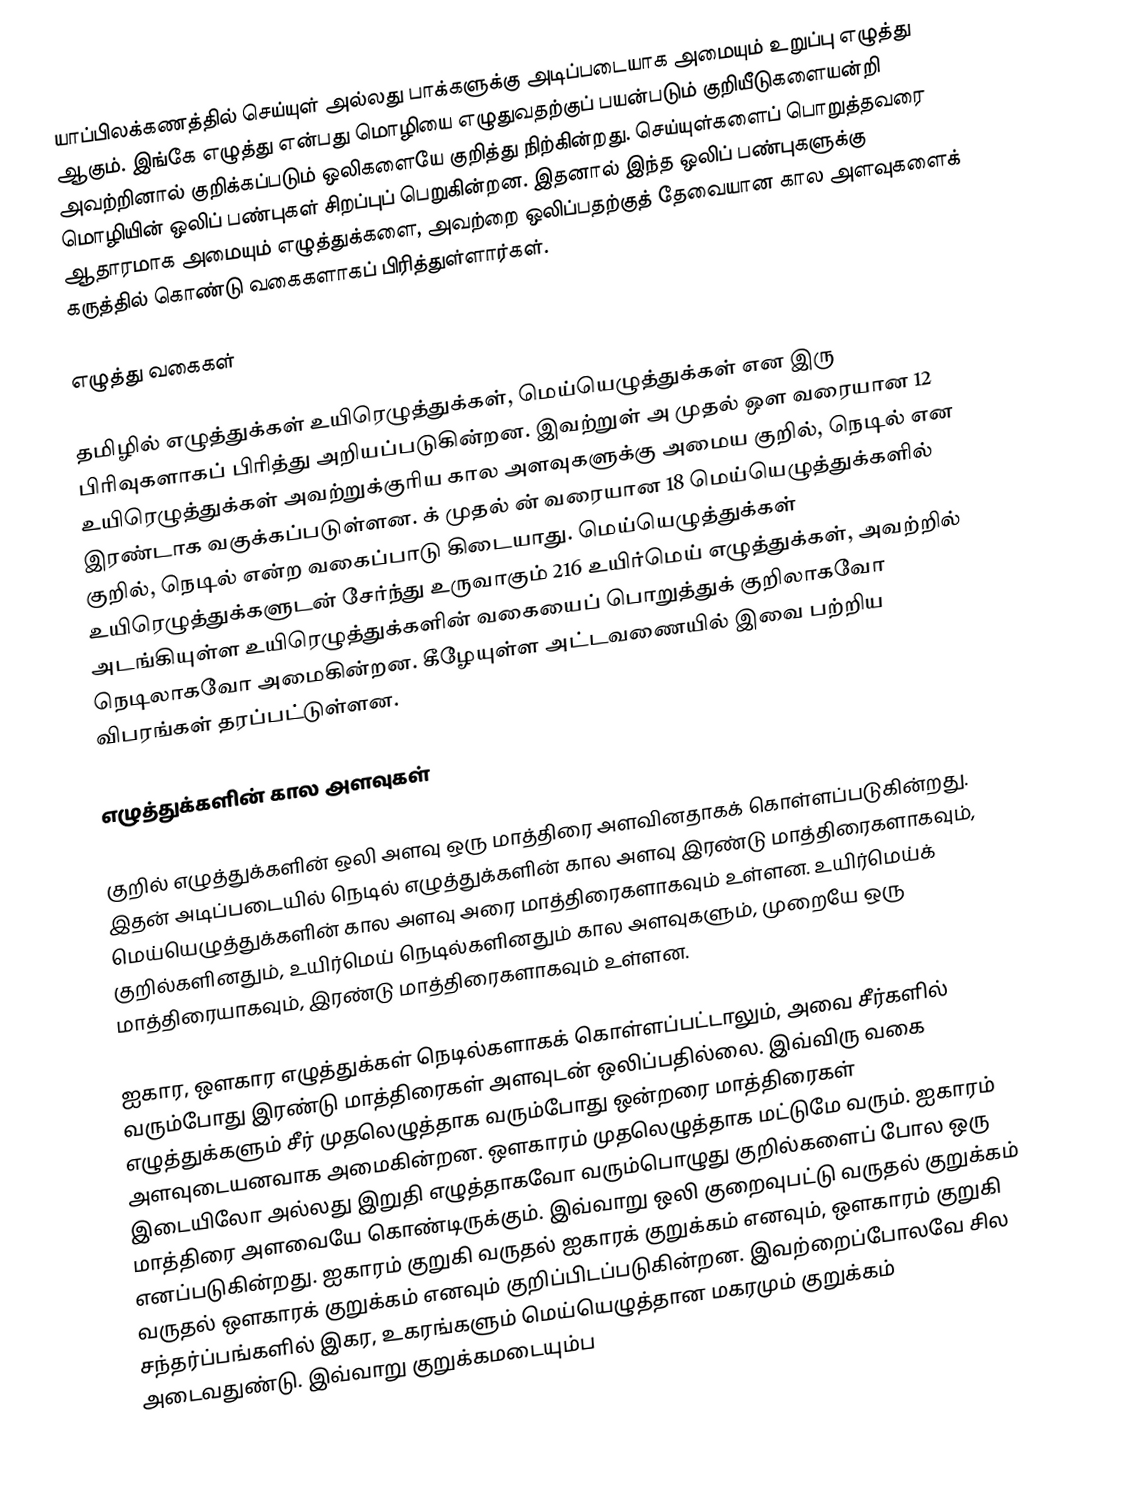
யாப்பிலக்கணத்தில் செய்யுள் அல்லது பாக்களுக்கு அடிப்படையாக அமையும் உறுப்பு எழுத்து ஆகும். இங்கே எழுத்து என்பது மொழியை எழுதுவதற்குப் பயன்படும் குறியீடுகளையன்றி அவற்றினால் குறிக்கப்படும் ஒலிகளையே குறித்து நிற்கின்றது. செய்யுள்களைப் பொறுத்தவரை மொழியின் ஒலிப் பண்புகள் சிறப்புப் பெறுகின்றன. இதனால் இந்த ஒலிப் பண்புகளுக்கு ஆதாரமாக அமையும் எழுத்துக்களை, அவற்றை ஒலிப்பதற்குத் தேவையான கால அளவுகளைக் கருத்தில் கொண்டு வகைகளாகப் பிரித்துள்ளார்கள்.

எழுத்து வகைகள்

தமிழில் எழுத்துக்கள் உயிரெழுத்துக்கள், மெய்யெழுத்துக்கள் என இரு பிரிவுகளாகப் பிரித்து அறியப்படுகின்றன. இவற்றுள் அ முதல் ஔ வரையான 12 உயிரெழுத்துக்கள் அவற்றுக்குரிய கால அளவுகளுக்கு அமைய குறில், நெடில் என இரண்டாக வகுக்கப்படுள்ளன. க் முதல் ன் வரையான 18 மெய்யெழுத்துக்களில் குறில், நெடில் என்ற வகைப்பாடு கிடையாது. மெய்யெழுத்துக்கள் உயிரெழுத்துக்களுடன் சேர்ந்து உருவாகும் 216 உயிர்மெய் எழுத்துக்கள், அவற்றில் அடங்கியுள்ள உயிரெழுத்துக்களின் வகையைப் பொறுத்துக் குறிலாகவோ நெடிலாகவோ அமைகின்றன. கீழேயுள்ள அட்டவணையில் இவை பற்றிய விபரங்கள் தரப்பட்டுள்ளன.

எழுத்துக்களின் கால அளவுகள்

குறில் எழுத்துக்களின் ஒலி அளவு ஒரு மாத்திரை அளவினதாகக் கொள்ளப்படுகின்றது. இதன் அடிப்படையில் நெடில் எழுத்துக்களின் கால அளவு இரண்டு மாத்திரைகளாகவும், மெய்யெழுத்துக்களின் கால அளவு அரை மாத்திரைகளாகவும் உள்ளன. உயிர்மெய்க் குறில்களினதும், உயிர்மெய் நெடில்களினதும் கால அளவுகளும், முறையே ஒரு மாத்திரையாகவும், இரண்டு மாத்திரைகளாகவும் உள்ளன.

ஐகார, ஔகார எழுத்துக்கள் நெடில்களாகக் கொள்ளப்பட்டாலும், அவை சீர்களில் வரும்போது இரண்டு மாத்திரைகள் அளவுடன் ஒலிப்பதில்லை. இவ்விரு வகை எழுத்துக்களும் சீர் முதலெழுத்தாக வரும்போது ஒன்றரை மாத்திரைகள் அளவுடையனவாக அமைகின்றன. ஔகாரம் முதலெழுத்தாக மட்டுமே வரும். ஐகாரம் இடையிலோ அல்லது இறுதி எழுத்தாகவோ வரும்பொழுது குறில்களைப் போல ஒரு மாத்திரை அளவையே கொண்டிருக்கும். இவ்வாறு ஒலி குறைவுபட்டு வருதல் குறுக்கம் எனப்படுகின்றது. ஐகாரம் குறுகி வருதல் ஐகாரக் குறுக்கம் எனவும், ஔகாரம் குறுகி வருதல் ஔகாரக் குறுக்கம் எனவும் குறிப்பிடப்படுகின்றன. இவற்றைப்போலவே சில சந்தர்ப்பங்களில் இகர, உகரங்களும் மெய்யெழுத்தான மகரமும் குறுக்கம் அடைவதுண்டு. இவ்வாறு குறுக்கமடையும்ப